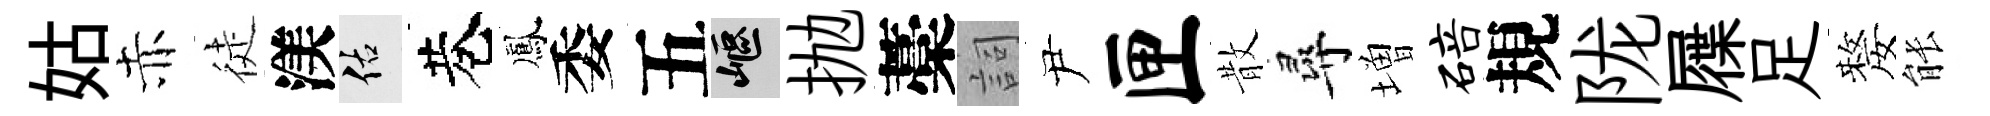
姑赤徒渼佑巷鳳委五嶇抛藁詞尹匣散尋増碚規陇屧足嫠䏻